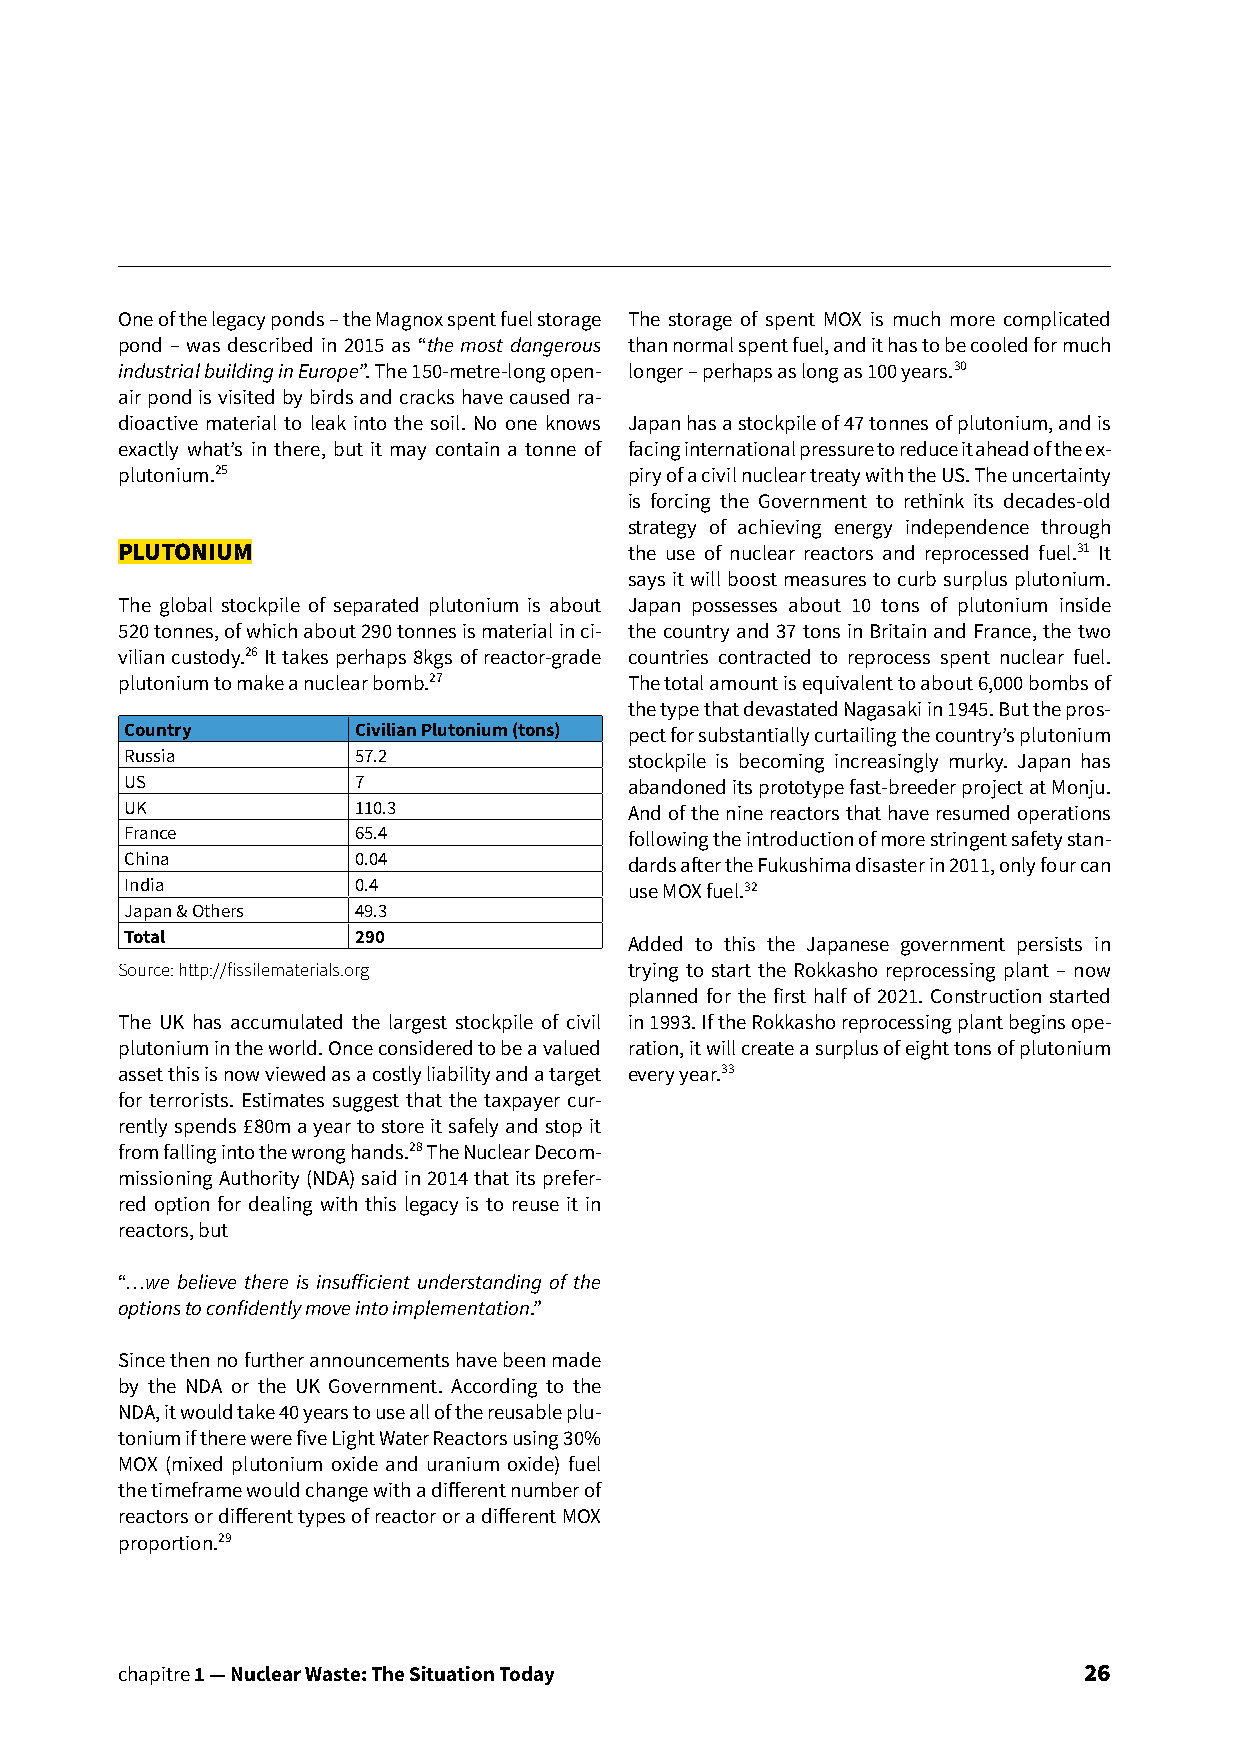
One of the legacy ponds – the Magnox spent fuel storage The storage of spent MOX is much more complicated
 pond – was described in 2015 as “the most dangerous than normal spent fuel, and it has to be cooled for much
 industrial building in Europe”. The 150-metre-long open- longer – perhaps as long as 100 years.30
 air pond is visited by birds and cracks have caused ra-
 dioactive material to leak into the soil. No one knows Japan has a stockpile of 47 tonnes of plutonium, and is
 exactly what’s in there, but it may contain a tonne of facing international pressure to reduce it ahead of the ex-
 plutonium.25                      piry of a civil nuclear treaty with the US. The uncertainty
 is forcing the Government to rethink its decades-old
 strategy of achieving energy independence through
 PLUTONIUM                         the use of nuclear reactors and reprocessed fuel.31 It
 says it will boost measures to curb surplus plutonium.
 The global stockpile of separated plutonium is about Japan possesses about 10 tons of plutonium inside
 520 tonnes, of which about 290 tonnes is material in ci- the country and 37 tons in Britain and France, the two
 vilian custody.26 It takes perhaps 8kgs of reactor-grade countries contracted to reprocess spent nuclear fuel.
 plutonium to make a nuclear bomb.27 The total amount is equivalent to about 6,000 bombs of
 the type that devastated Nagasaki in 1945. But the pros-
 Country        Civilian Plutonium (tons) pect for substantially curtailing the country’s plutonium
 Russia         57.2               stockpile is becoming increasingly murky. Japan has
 US             7                  abandoned its prototype fast-breeder project at Monju.
 UK             110.3              And of the nine reactors that have resumed operations
 France         65.4               following the introduction of more stringent safety stan-
 China          0.04               dards after the Fukushima disaster in 2011, only four can
 India          0.4                use MOX fuel.32
 Japan & Others 49.3
 Total          290                Added to this the Japanese government persists in
 Source: http://fissilematerials.org trying to start the Rokkasho reprocessing plant – now
 planned for the first half of 2021. Construction started
 The UK has accumulated the largest stockpile of civil in 1993. If the Rokkasho reprocessing plant begins ope-
 plutonium in the world. Once considered to be a valued ration, it will create a surplus of eight tons of plutonium
 asset this is now viewed as a costly liability and a target every year.33
 for terrorists. Estimates suggest that the taxpayer cur-
 rently spends £80m a year to store it safely and stop it
 from falling into the wrong hands.28 The Nuclear Decom-
 missioning Authority (NDA) said in 2014 that its prefer-
 red option for dealing with this legacy is to reuse it in
 reactors, but
 “…we believe there is insufficient understanding of the
 options to confidently move into implementation.”
 Since then no further announcements have been made
 by the NDA or the UK Government. According to the
 NDA, it would take 40 years to use all of the reusable plu-
 tonium if there were five Light Water Reactors using 30%
 MOX (mixed plutonium oxide and uranium oxide) fuel
 the timeframe would change with a different number of
 reactors or different types of reactor or a different MOX
 proportion.29
 chapitre 1 — Nuclear Waste: The Situation Today                 26